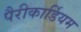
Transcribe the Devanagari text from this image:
पैरीकार्डियम